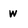
Character: w